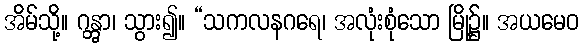
အိမ်သို့။ ဂန္တွာ၊ သွား၍။ “သကလနဂရေ၊ အလုံးစုံသော မြို့၌။ အယမေဝ